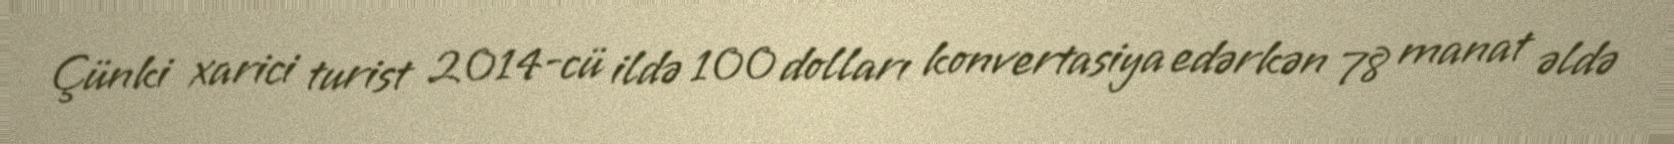
Çünki xarici turist 2014-cü ildə 100 dolları konvertasiya edərkən 78 manat əldə